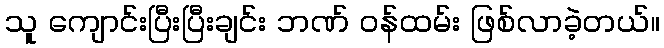
သူ ကျောင်းပြီးပြီးချင်း ဘဏ် ဝန်ထမ်း ဖြစ်လာခဲ့တယ်။